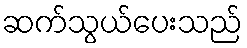
ဆက်သွယ်ပေးသည်